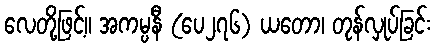
လေတို့ဖြင့်။ အကမ္ပနီ (ပေ၂၇၆) ယတော၊ တုန်လှုပ်ခြင်း